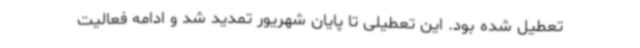
تعطیل شده بود. این تعطیلی تا پایان شهریور تمدید شد و ادامه فعالیت